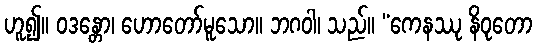
ဟူ၍။ ဝဒန္တော၊ ဟောတော်မူသော။ ဘဂဝါ၊ သည်။ “ကေနဿု နိဝုတော